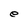
Character: e